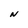
Character: N